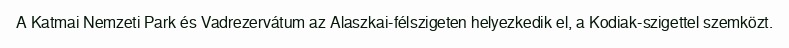
A Katmai Nemzeti Park és Vadrezervátum az Alaszkai-félszigeten helyezkedik el, a Kodiak-szigettel szemközt.